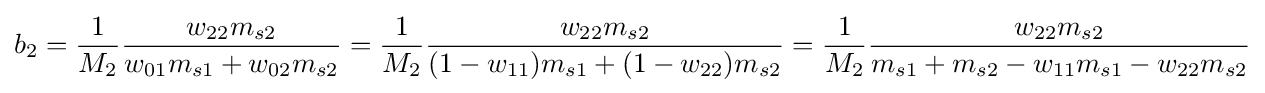
b_{2}={\frac {1}{M_{2}}}{\frac {w_{22}m_{s2}}{w_{01}m_{s1}+w_{02}m_{s2}}}={\frac {1}{M_{2}}}{\frac {w_{22}m_{s2}}{(1-w_{11})m_{s1}+(1-w_{22})m_{s2}}}={\frac {1}{M_{2}}}{\frac {w_{22}m_{s2}}{m_{s1}+m_{s2}-w_{11}m_{s1}-w_{22}m_{s2}}}